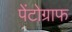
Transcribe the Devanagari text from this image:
पेंटोग्राफ